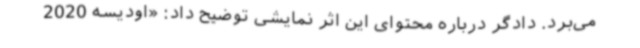
می‌برد. دادگر درباره محتوای این اثر نمایشی توضیح داد: «اودیسه 2020